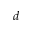
d